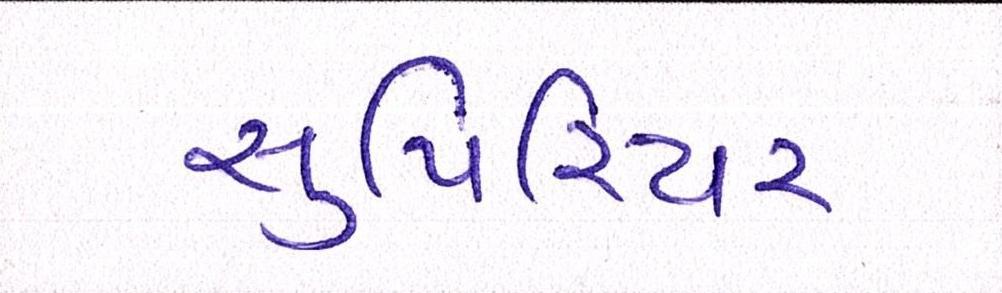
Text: સુપિરિયર